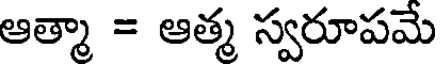
ఆత్మా = ఆత్మ స్వరూపమే